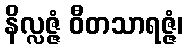
နိလ္လဇ္ဇံ ဝီတသာရဇ္ဇံ၊